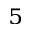
_ 5